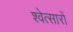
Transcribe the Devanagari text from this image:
श्वेत्सारों